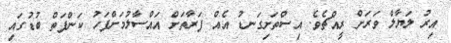
އިރު ލަޔާލް ވަރަށް ރީއްޗެވެ. އިސްތަށިގަނޑު އެއް ފަރާތަށް އައްސާލުމަށްފަހު ކަންފަތް ބުޑުގައި